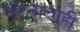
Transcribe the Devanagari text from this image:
घटनांचाही